Leaving Certificate Examination (including Day School Certificate (Higher) General paper), 1932
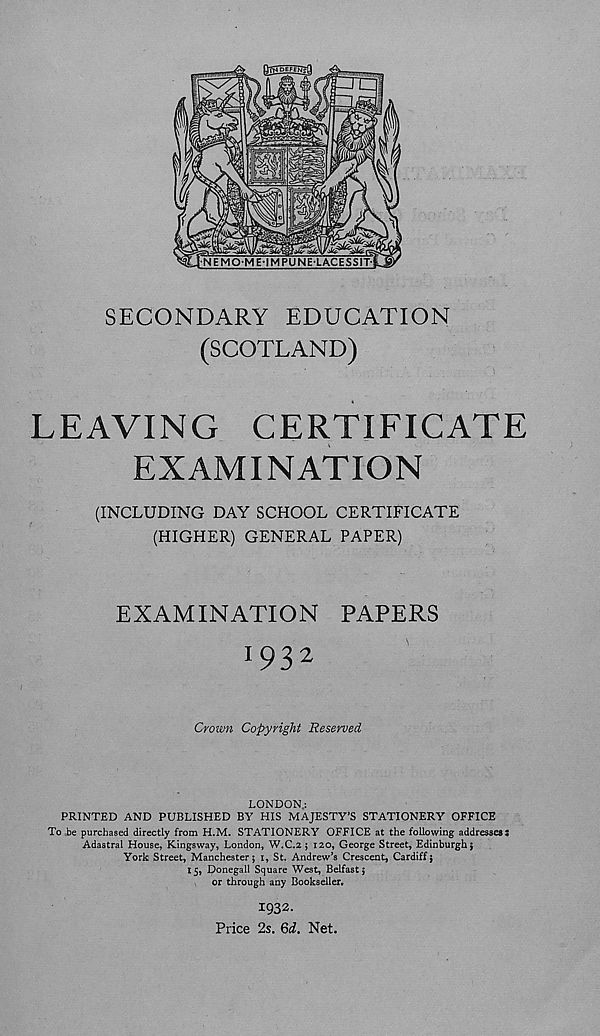
SECONDARY EDUCATION
(SCOTLAND)
LEAVING CERTIFICATE
EXAMINATION
(INCLUDING DAY SCHOOL CERTIFICATE
(HIGHER) GENERAL PAPER)
EXAMINATION PAPERS
1932
Crown Copyright Reserved
LONDON.:
PRINTED AND PUBLISHED BY HIS MAJESTY’S STATIONERY OFFICE
To be purchased directly from H.M. STATIONERY OFFICE at the following addressesS
Adastral House, Kingsway, London, W.C.2 ; 120, George Street, Edinburgh;
York Street, Manchester; 1, St. Andrew’s Crescent, Cardiff;
15, Donegall Square West, Belfast;
or through any Bookseller.
1932.
Price 2s. Qd. Net.